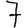
Digit: 7